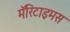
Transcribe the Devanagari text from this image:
मॅरिटाइमस